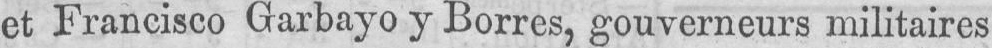
et Francisco Garbayo y Borres, gouverneurs militaires